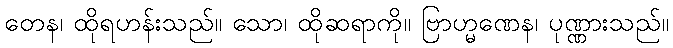
တေန၊ ထိုရဟန်းသည်။ သော၊ ထိုဆရာကို။ ဗြာဟ္မဏေန၊ ပုဏ္ဏားသည်။